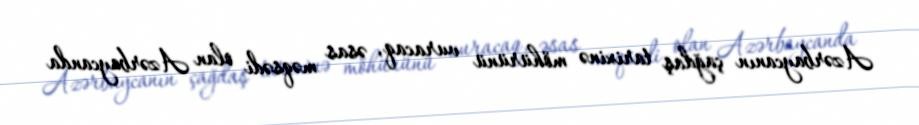
Azərbaycanın çağdaş tarixinə möhürünü vuracaq, əsas məqsədi olan Azərbaycanda